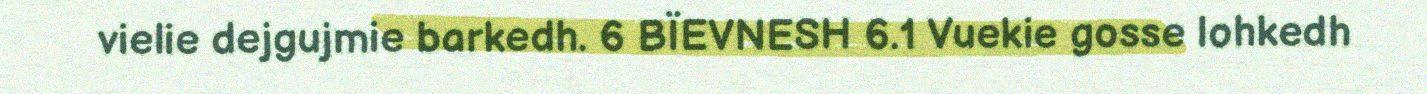
vielie dejgujmie barkedh. 6 BÏEVNESH 6.1 Vuekie gosse lohkedh